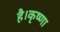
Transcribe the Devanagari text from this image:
है।कृष्णा